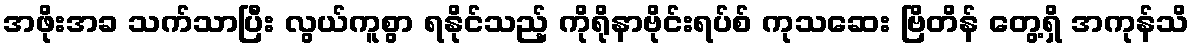
အဖိုးအခ သက်သာပြီး လွယ်ကူစွာ ရနိုင်သည့် ကိုရိုနာဗိုင်းရပ်စ် ကုသဆေး ဗြိတိန် တွေ့ရှိ အကုန်သိ